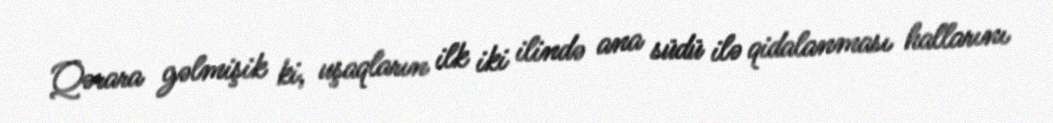
Qərara gəlmişik ki, uşaqların ilk iki ilində ana südü ilə qidalanması hallarını